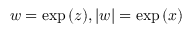
w = \exp { ( z ) } , | w | = \exp { ( x ) }